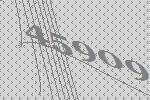
45909